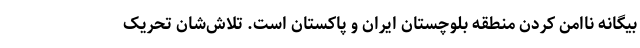
بیگانه ناامن کردن منطقه بلوچستان ایران و پاکستان است. تلاش‌شان تحریک